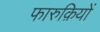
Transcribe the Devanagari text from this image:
फारुक़ियों